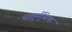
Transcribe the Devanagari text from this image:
चातुर्मासिक